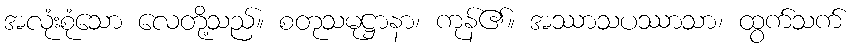
အလုံးစုံသော လေတို့သည်။ စတုသမုဋ္ဌာနာ၊ ကုန်၏။ အဿာသပဿာသာ၊ ထွက်သက်